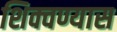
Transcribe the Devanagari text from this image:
शिक्वण्यास